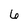
Character: 6